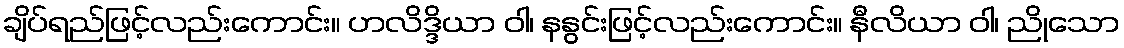
ချိပ်ရည်ဖြင့်လည်းကောင်း။ ဟလိဒ္ဒိယာ ဝါ၊ နနွင်းဖြင့်လည်းကောင်း။ နီလိယာ ဝါ၊ ညိုသော